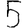
Digit: 5